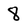
Character: 8